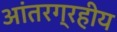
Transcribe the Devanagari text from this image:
आंतरग्रहीय